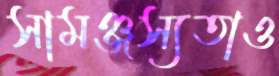
সামঞ্জস্যতাও